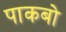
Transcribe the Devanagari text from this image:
पाकबो